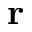
\textbf { r }